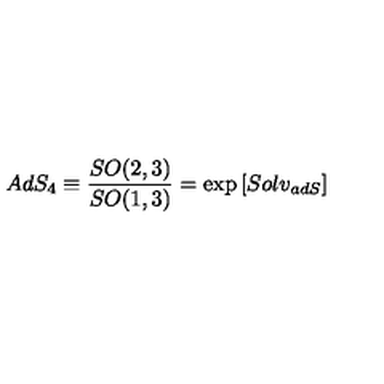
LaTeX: A d S _ { 4 } \equiv \frac { S O ( 2 , 3 ) } { S O ( 1 , 3 ) } = \exp \left[ S o l v _ { a d S } \right]